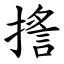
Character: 㨱